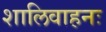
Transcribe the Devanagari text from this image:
शालिवाहनः